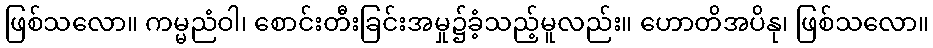
ဖြစ်သလော။ ကမ္မညံဝါ၊ စောင်းတီးခြင်းအမှု၌ခံ့သည့်မူလည်း။ ဟောတိအပိနု၊ ဖြစ်သလော။